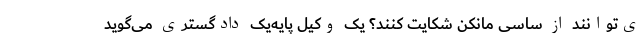
ی‌توانند از ساسی مانکن شکایت کنند؟ یک وکیل پایه‌یک دادگستری می‌گوید